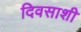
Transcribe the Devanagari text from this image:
दिवसाशी